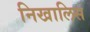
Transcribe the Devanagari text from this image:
निखालिस